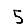
Digit: 5